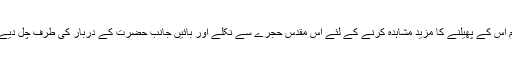
ہم اس کے پھیلنے کا مزید مشاہدہ کرنے کے لئے اس مقدس حجرے سے نکلے اور بائیں جانب حضرت کے دربار کی طرف چل دیے۔